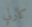
كارلي